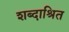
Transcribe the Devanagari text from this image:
शब्दाश्रित